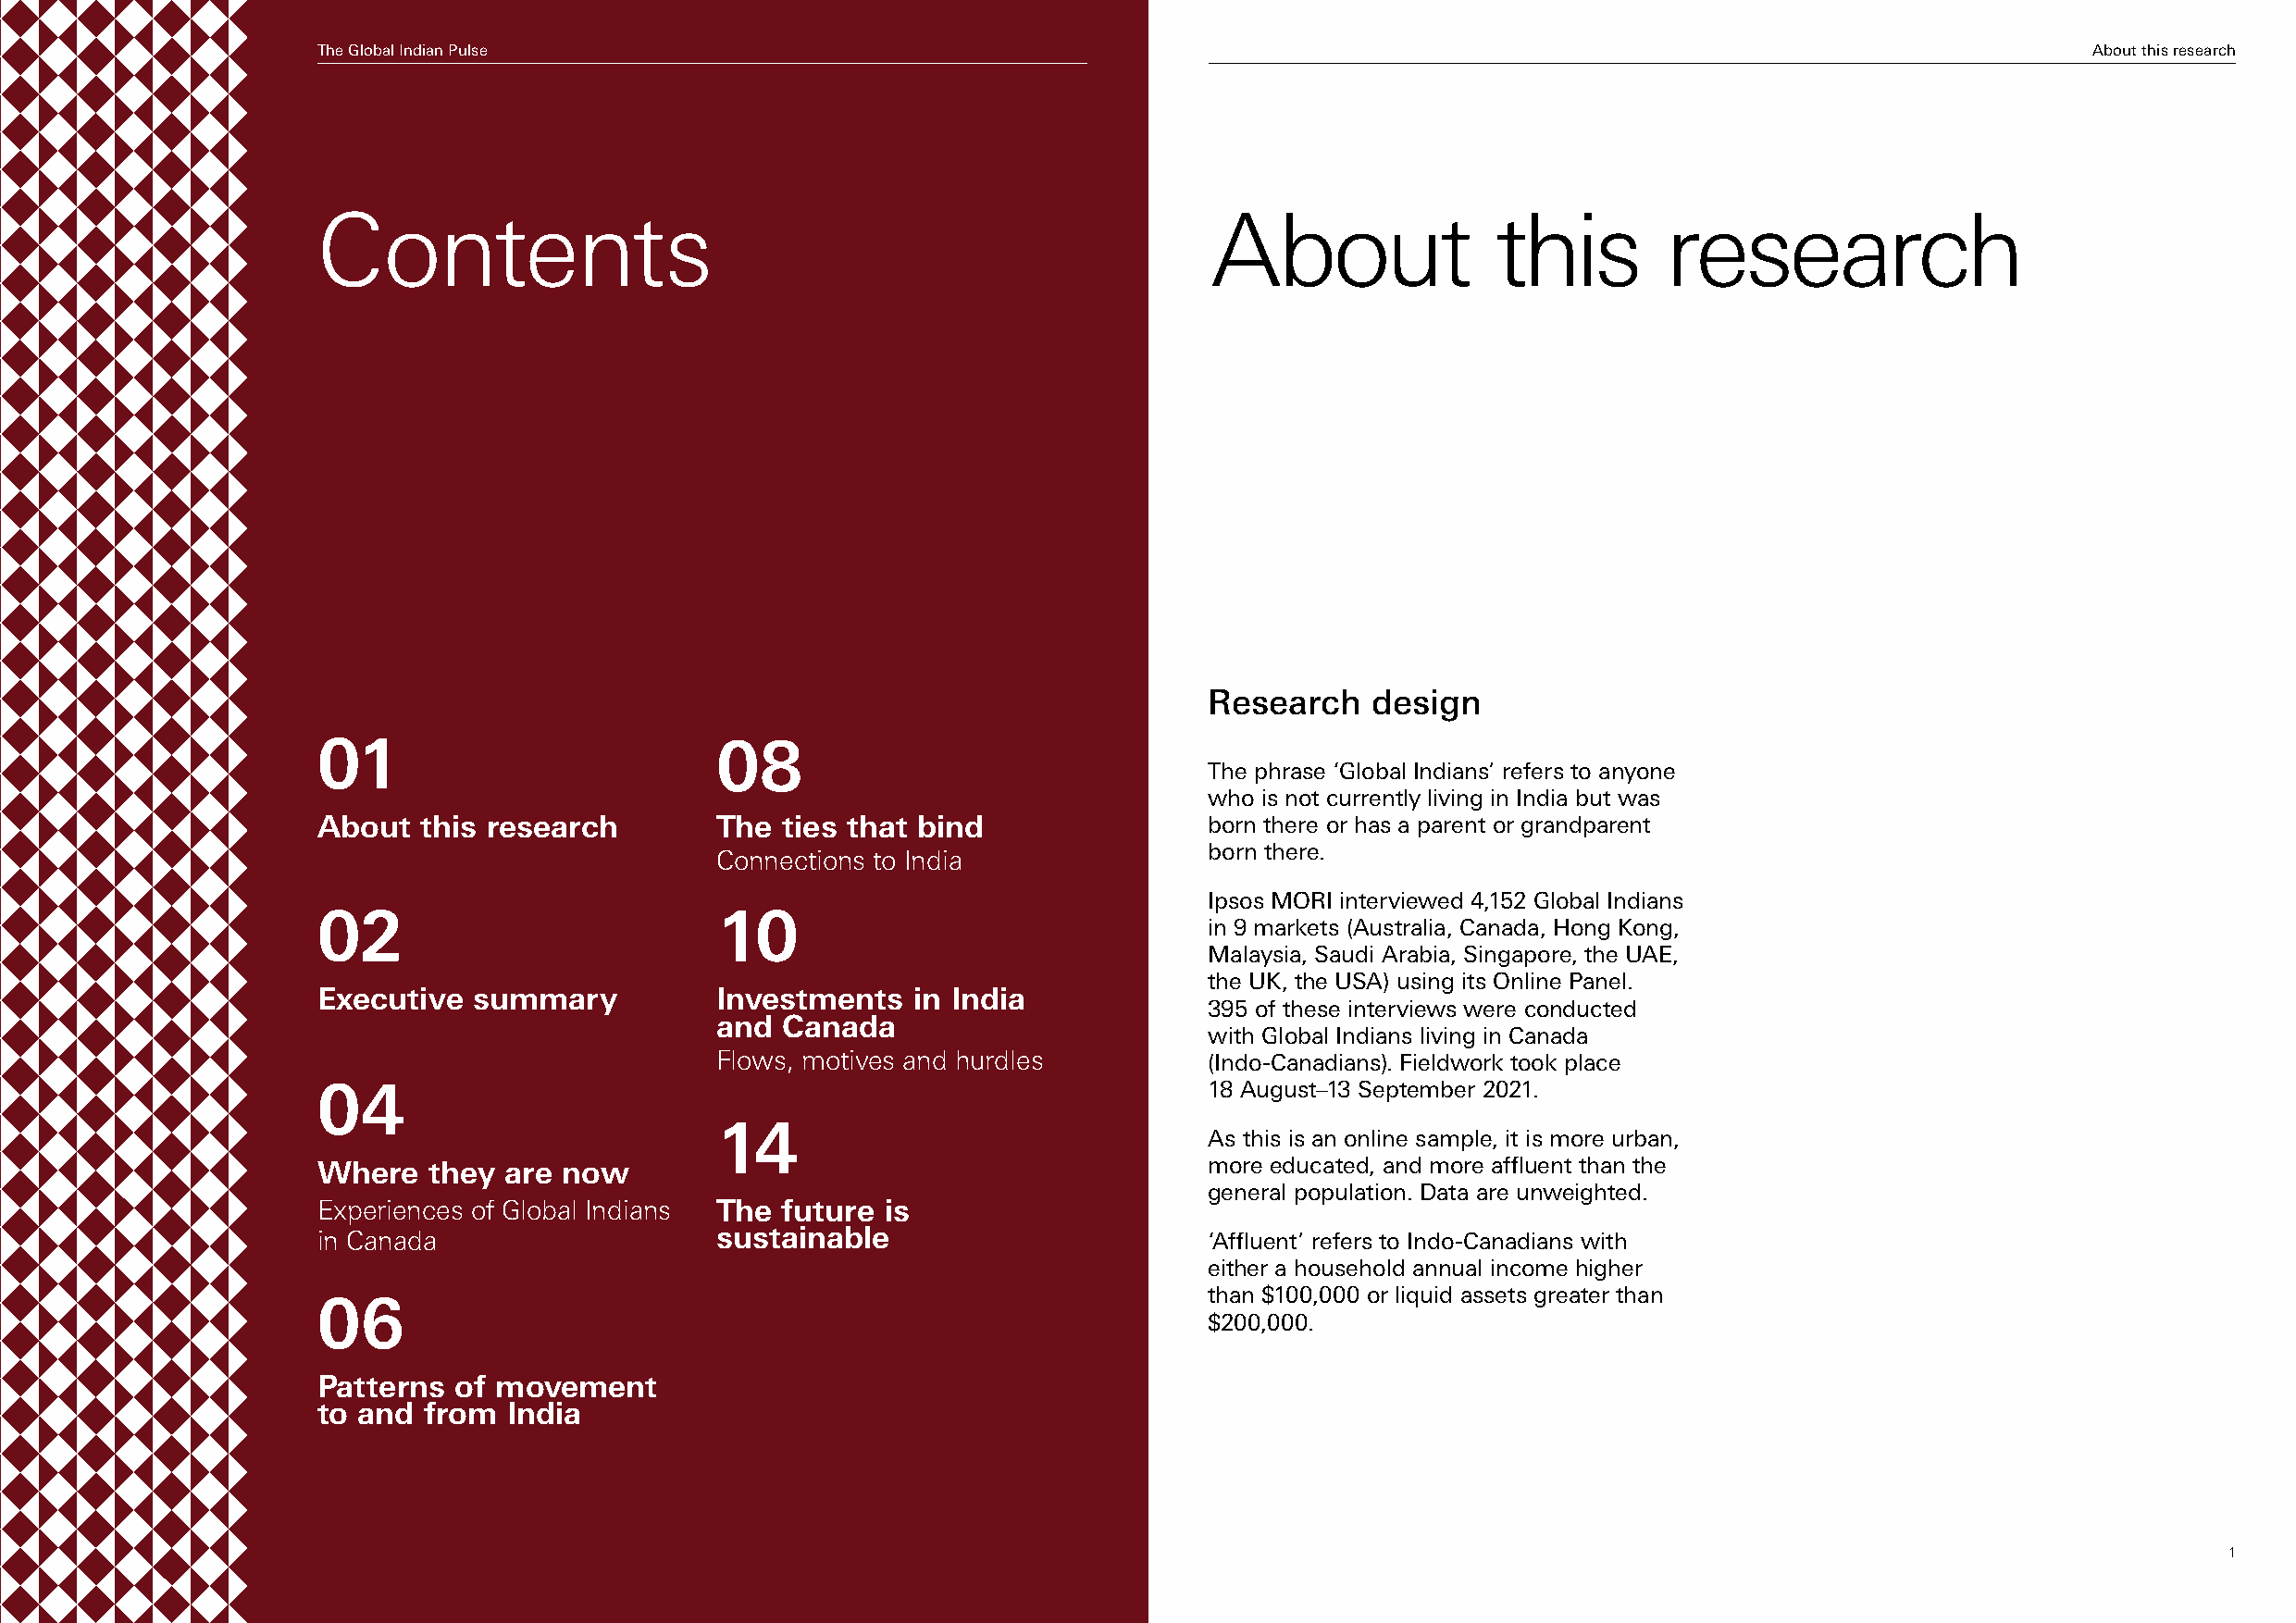
The Global Indian Pulse                                                                                                        About this Creosnetaerncths
 Contents                                                        About               this        research
 Research    design
 01                          08
 The phrase ‘Global Indians’ refers to anyone
 who is not currently living in India but was
 About  this research        The  ties that bind                born there or has a parent or grandparent
 born there.
 Connections to India
 Ipsos MORI interviewed 4,152 Global Indians
 02                          10
 in 9 markets (Australia, Canada, Hong Kong,
 Malaysia, Saudi Arabia, Singapore, the UAE,
 the UK, the USA) using its Online Panel.
 Executive  summary          Investments   in India
 395 of these interviews were conducted
 and  Canada
 with Global Indians living in Canada
 Flows, motives and hurdles         (Indo-Canadians). Fieldwork took place
 04                                                             18 August–13 September 2021.
 14
 As this is an online sample, it is more urban,
 Where   they are now                                           more educated, and more affluent than the
 general population. Data are unweighted.
 Experiences of Global Indians The future is
 in Canada                   sustainable                        ‘Affluent’ refers to Indo-Canadians with
 either a household annual income higher
 than $100,000 or liquid assets greater than
 06
 $200,000.
 Patterns  of movement
 to and from  India
 1